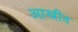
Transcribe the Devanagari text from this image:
आखीत